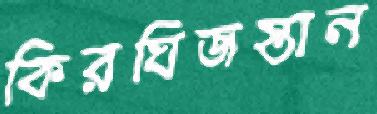
কিরঘিজস্তান